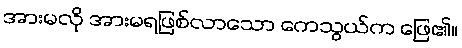
အားမလို အားမရဖြစ်လာသော ကေသွယ်က ဖြေ၏။